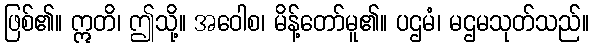
ဖြစ်၏။ ဣတိ၊ ဤသို့။ အဝေါစ၊ မိန့်တော်မူ၏။ ပဌမံ၊ မဌမသုတ်သည်။